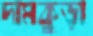
দামকুড়া